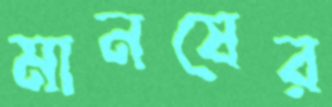
মানষের